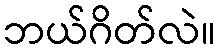
ဘယ်ဂိတ်လဲ။